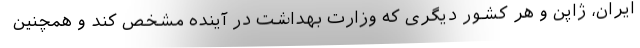
ایران، ژاپن و هر کشور دیگری که وزارت بهداشت در آینده مشخص کند و همچنین